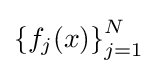
\left\{f_{j}(x)\right\}_{j=1}^{N}